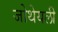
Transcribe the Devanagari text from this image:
जोथेयली